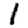
Digit: 1